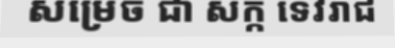
សម្រេច ជា សក្ក ទេវរាជ